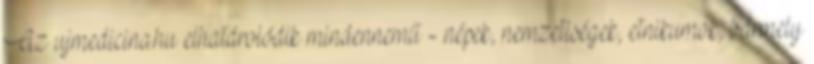
Az ujmedicina.hu elhatárolódik mindennemű - népek, nemzetiségek, etnikumok, bármely